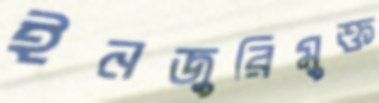
ইনজুরিমুক্ত